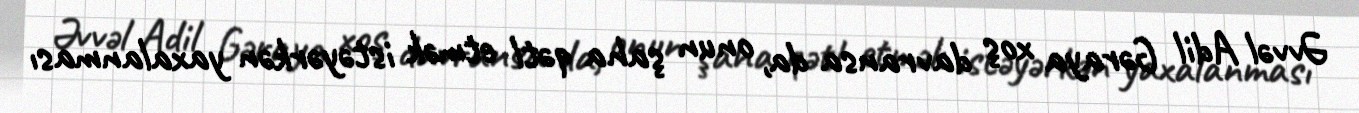
Əvvəl Adil Gəraya xoş davransa da, onun şaha qətl etmək istəyərkən yaxalanması